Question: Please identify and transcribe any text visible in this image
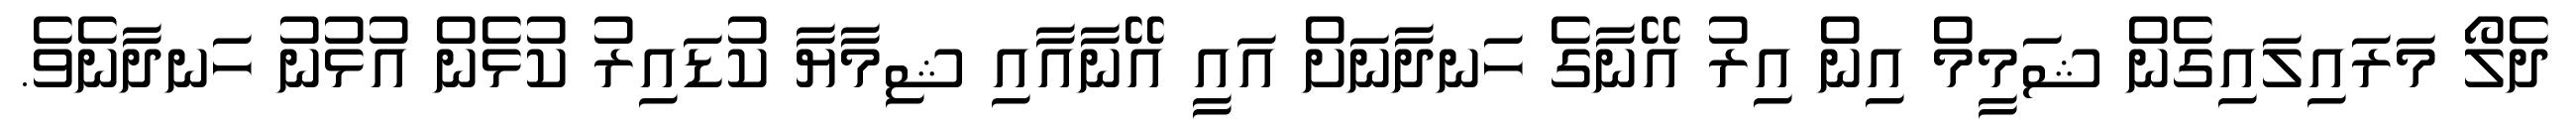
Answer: ދެލޯ މަރައިލައިގެން ޝަމީމް އިން އިރު އޭނާގެ ހަނދާނަށް އައީ އޭނާއާއި ޝިމާޔާ ކުޑައިރު ކުޅެން އުޅުނު ހަނދާނެވެ.